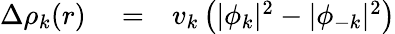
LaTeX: \begin{array}{rlr}{\Delta\rho_{k}(r)}&{{}=}&{v_{k}\left(|\phi_{k}|^{2}-|\phi_{-k}|^{2}\right)}\end{array}